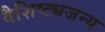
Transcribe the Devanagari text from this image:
वैशिष्ट्यजन्य